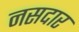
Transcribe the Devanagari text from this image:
नसदार